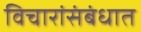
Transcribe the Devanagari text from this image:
विचारांसंबंधात